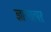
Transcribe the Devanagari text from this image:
ज्ञानतत्परः